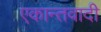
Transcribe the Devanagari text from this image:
एकान्तवादी